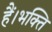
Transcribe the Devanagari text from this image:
हैं।भक्ति